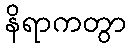
နိရာကတွာ